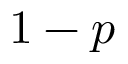
1 - p